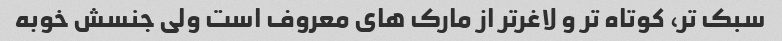
سبک تر، کوتاه تر و لاغرتر از مارک های معروف است ولی جنسش خوبه